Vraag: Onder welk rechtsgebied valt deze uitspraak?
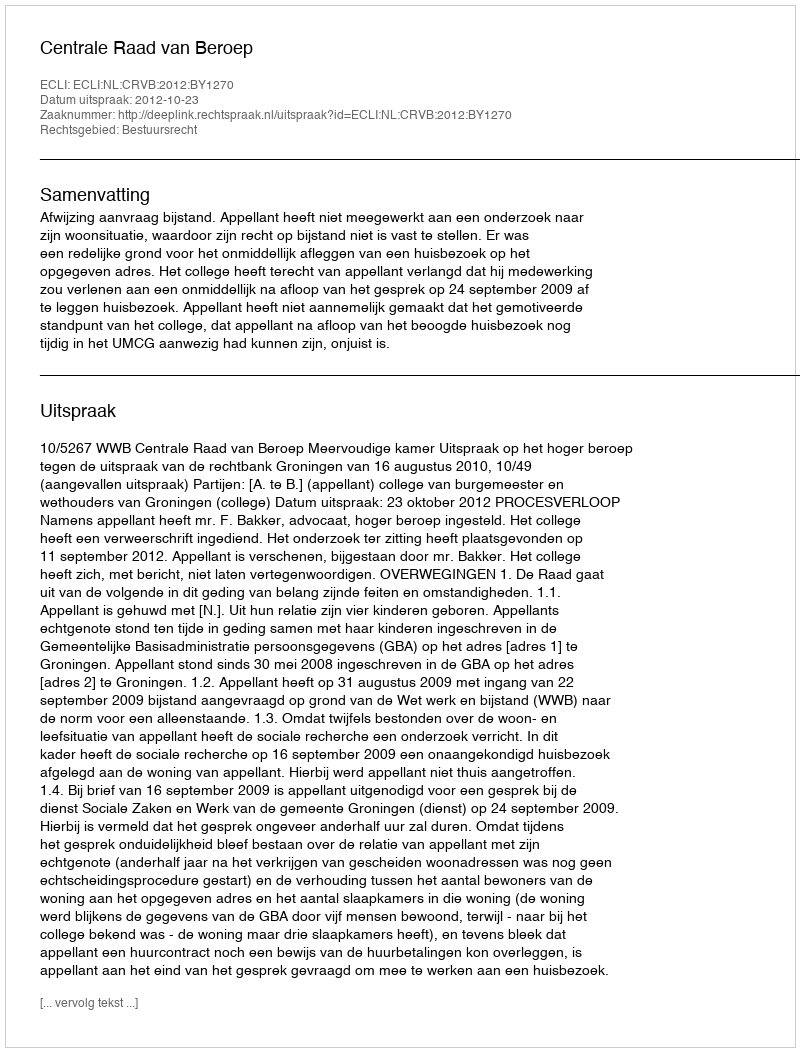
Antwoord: Bestuursrecht